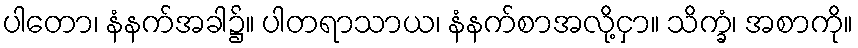
ပါတော၊ နံနက်အခါ၌။ ပါတရာသာယ၊ နံနက်စာအလို့ငှာ။ သိက္ခံ၊ အစာကို။